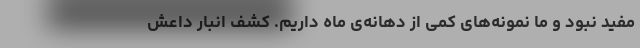
مفید نبود و ما نمونه‌های کمی از دهانه‌ی ماه داریم. کشف انبار داعش